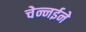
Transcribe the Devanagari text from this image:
चेन्नईने